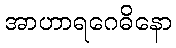
အာဟာရဂေဓိနော